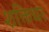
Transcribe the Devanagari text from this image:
शक्तिधर